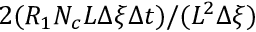
2 ( R _ { 1 } N _ { c } L \Delta \xi \Delta t ) / ( L ^ { 2 } \Delta \xi )